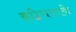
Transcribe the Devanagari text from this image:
झोपवावे